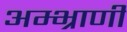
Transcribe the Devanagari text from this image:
अम्भ्राणी